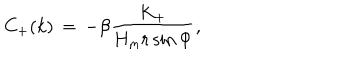
LaTeX: C _ { + } ( k ) \, = \, - \beta \frac { K _ { + } } { H _ { \mathrm { m } } r \sin \Phi } ,